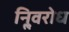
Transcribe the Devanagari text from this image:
निॢवरोध